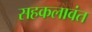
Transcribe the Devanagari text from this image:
सहकलावंत